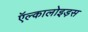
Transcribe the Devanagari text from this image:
ऍल्कालोइड़स